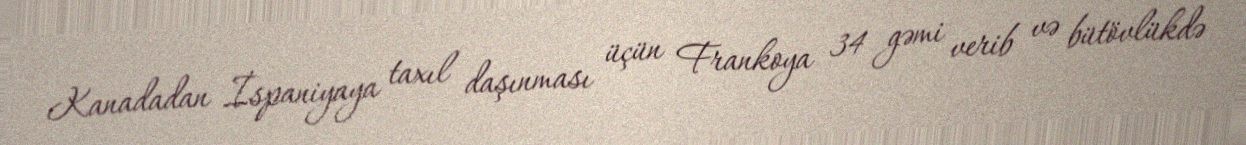
Kanadadan İspaniyaya taxıl daşınması üçün Frankoya 34 gəmi verib və bütövlükdə